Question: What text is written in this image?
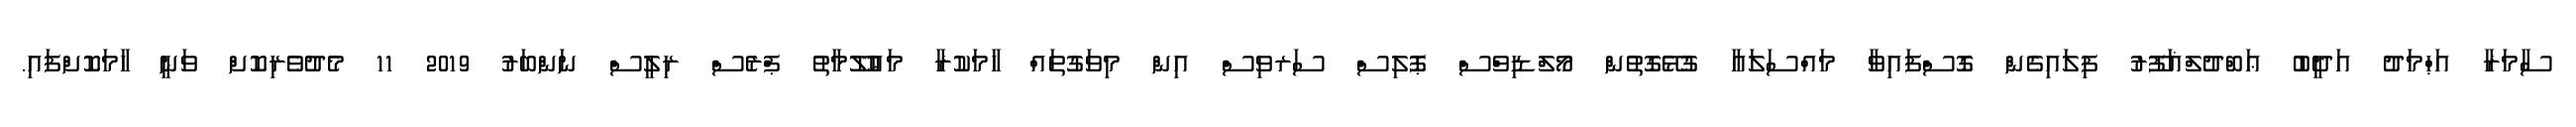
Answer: ސާމަރާ އަޙްމަދު އަދީބު ޢަބްދުލްޣަފޫރު ފިލައިގެން ގޮސްފައިވާ މައްސަލައާ ގުޅޭގޮތުން މޯލްޑިވްސް ޕޮލިސް ސަރވިސް އިން މިވަގުތައް ހާމަކުރާ މަޢުލޫމާތު ޕްރެސް ރިލީސް ނަންބަރު 2019 11 މެދުވެރިކޮށް ވަނީ ހާމަކޮށްފައި.